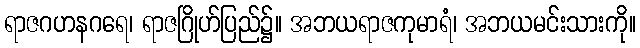
ရာဇဂဟနဂရေ၊ ရာဇဂြိုဟ်ပြည်၌။ အဘယရာဇကုမာရံ၊ အဘယမင်းသားကို။